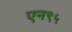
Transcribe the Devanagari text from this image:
एन९५